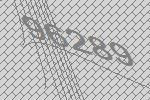
96289